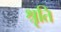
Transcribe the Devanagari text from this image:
श्रृति